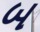
બ